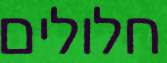
חלולים